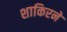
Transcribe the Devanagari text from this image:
शाकिरने